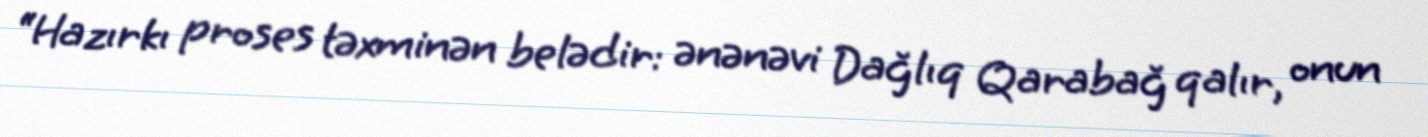
“Hazırkı proses təxminən belədir: ənənəvi Dağlıq Qarabağ qalır, onun